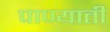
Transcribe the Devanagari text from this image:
पाण्याती